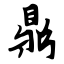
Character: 鼎